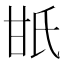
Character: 𤯄